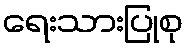
ရေးသားပြုစု